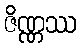
ဇိဏ္ဏဿ